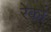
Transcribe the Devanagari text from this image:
रेकों